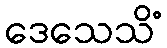
ဒေသေသိံ